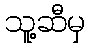
သူ့ဆီမှ